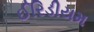
ઈરિડીયમ